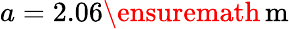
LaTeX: a=2.06\ensuremath{\, \mathrm{m}}